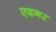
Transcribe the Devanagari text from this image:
एदगर